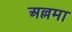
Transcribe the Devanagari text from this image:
अल्लमा